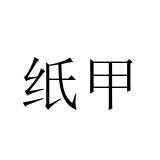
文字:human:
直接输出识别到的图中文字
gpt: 纸甲